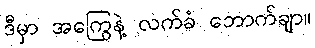
ဒီမှာ အကြွေနဲ့ လက်ခံ ဘောက်ချာ။